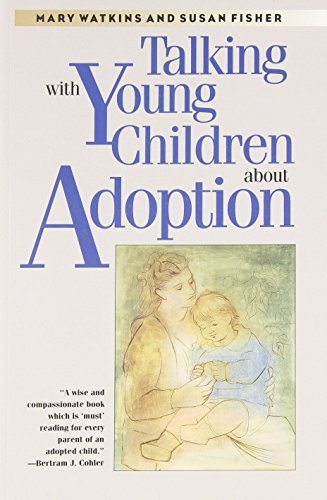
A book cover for Talking with Young Children about Adoption; Mary Watkins; Parenting & Relationships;